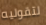
لتقوليه